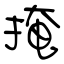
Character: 掩